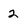
Character: 2